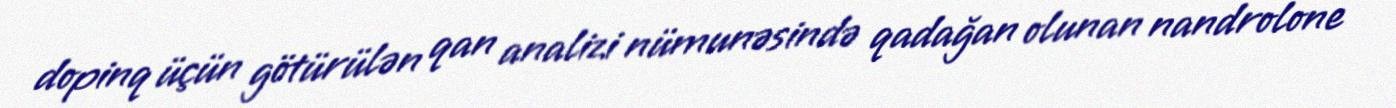
dopinq üçün götürülən qan analizi nümunəsində qadağan olunan nandrolone